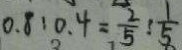
0 . 8 : 0 . 4 = \frac { 2 } { 5 } : \frac { 1 } { 5 }